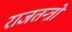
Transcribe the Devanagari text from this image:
राजतन्त्रों